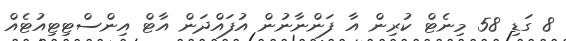
8 ގަޑި 58 މިނެޓް ކުރިން އާ ފަންނާނުން އުފައްދަން އާޓް އިންސްޓިޓިއުޓެއް